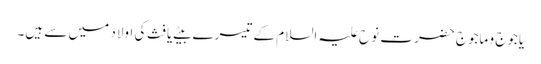
یاجوج و ماجوج حضرت نوح علیہ السلام کے تیسرے بیٹے یافث کی اولاد میں سے ہیں۔